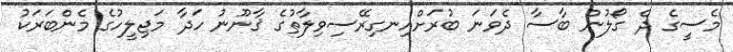
މެސީގެ ދެ ގޯލުން ބާސާ ދެވަނަ ބުރަށްއިނގިރޭސިވިލާތުގެ ޤާނޫނު ހަދާ މަޖިލީހުގެ މެންބަރަކު